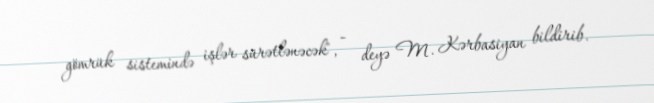
gömrük sistemində işlər sürətlənəcək", - deyə M. Kərbasiyan bildirib.